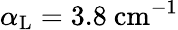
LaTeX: \alpha_{\mathrm{L}}=3.8~\mathrm{cm^{-1}}